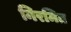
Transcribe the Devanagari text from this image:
निरमित